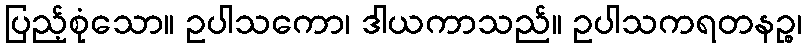
ပြည့်စုံသော။ ဥပါသကော၊ ဒါယကာသည်။ ဥပါသကရတနဉ္စ၊